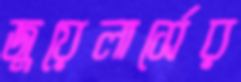
জুয়েলার্সের